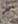
لا